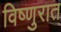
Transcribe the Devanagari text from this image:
विष्णुरात